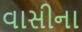
વાસીના